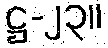
ဋ္ဌ-၂၃။